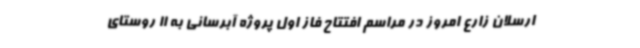
ارسلان زارع امروز در مراسم افتتاح فاز اول پروژه آبرسانی به 11 روستای